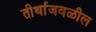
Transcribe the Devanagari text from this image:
तीर्थाजवळील